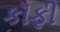
કૉફી